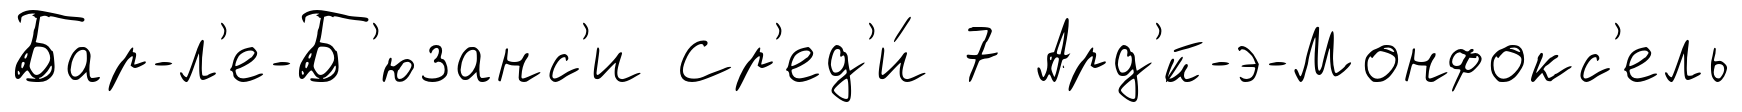
Бар-л'е-Б'юзанс'и Ср'ед'и́ 7 Ард'́й-э-Монфокс'ель